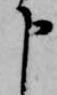
申